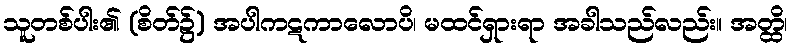
သူတစ်ပါး၏ (စိတ်၌) အပါကဋကာလောပိ၊ မထင်ရှားရာ အခါသည်လည်း။ အတ္ထိ၊